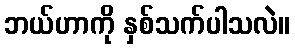
ဘယ်ဟာကို နှစ်သက်ပါသလဲ။